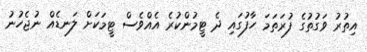
އިތުރު ވަގުތުގެ ފުރަތަމަ ހާފުގައި ދެ ޓީމުންކުރެ އެއްވެސް ޓީމަކަށް ލަނޑެއް ނުޖެހުނު